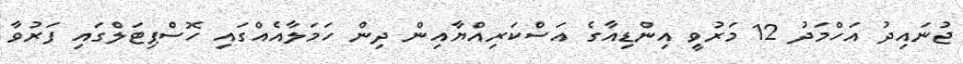
ޖުނައިދު އަހްމަދު 12 މަރުވީ އިންޑިއާގެ އަސްކަރިއްޔާއިން ދިން ހަމަލާއެއްގައި ހޮސްޕިޓަލްގައި ފަރުވާ